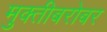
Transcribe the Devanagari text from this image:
मुक्तीबरोबर